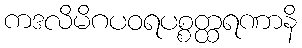
ကဒလိမိဂပဝရပစ္စတ္ထရဏာနိ